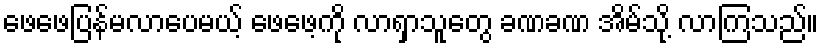
ဖေဖေပြန်မလာပေမယ့် ဖေဖေ့ကို လာရှာသူတွေ ခဏခဏ အိမ်သို့ လာကြသည်။